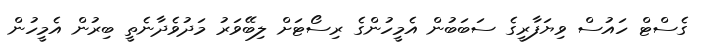
ގެސްޓް ހައުސް ވިޔަފާރީގެ ސަބަބުން އެމީހުންގެ ރިސޯޓަށް ލިބޭވަރު މަދުވެދާނެތީ ބިރުން އެމީހުން